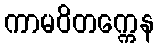
ကာမဝိတက္ကေန